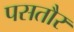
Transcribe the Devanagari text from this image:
पसतौर